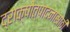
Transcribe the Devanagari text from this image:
द्राक्षोत्पादनासाठी